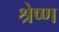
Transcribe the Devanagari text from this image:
श्रेष्‍ण